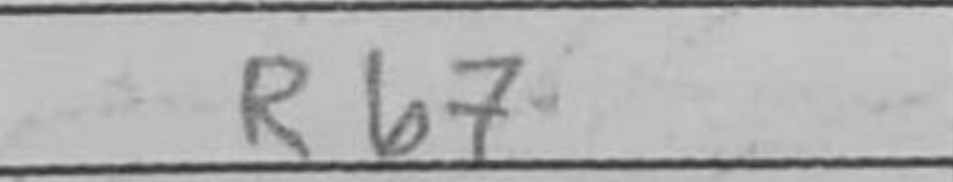
Transcription: Rb7